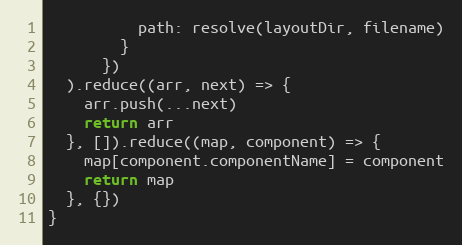
Language: JavaScript
          path: resolve(layoutDir, filename)
        }
      })
  ).reduce((arr, next) => {
    arr.push(...next)
    return arr
  }, []).reduce((map, component) => {
    map[component.componentName] = component
    return map
  }, {})
}